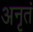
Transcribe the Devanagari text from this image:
अनृतं